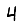
Digit: 4